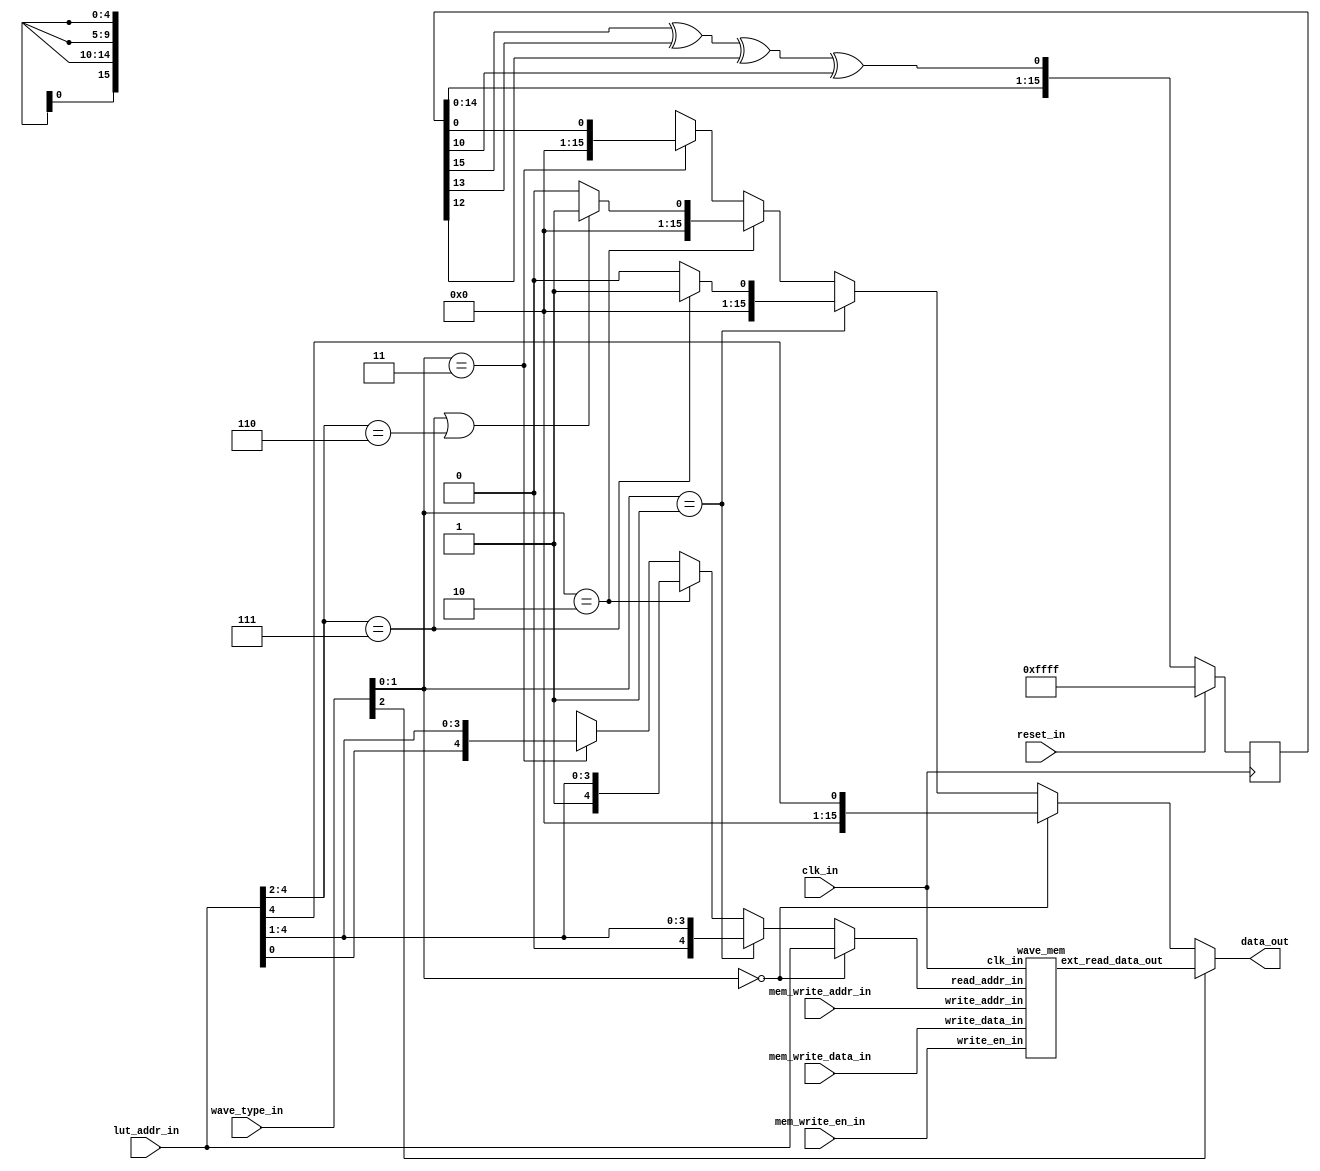
`default_nettype none
module wave_lut(
    input wire clk_in,
    input wire reset_in,
    input wire[4:0] lut_addr_in,
    input wire[2:0] wave_type_in,
    input wire[4:0] mem_write_addr_in,
    input wire[3:0] mem_write_data_in,
    input wire mem_write_en_in,
    output wire[15:0] data_out
);
    wire [15:0] mem_out;
    wave_mem WAVE_MEM(.clk_in(clk_in),
                .read_addr_in(mem_addr_trans(lut_addr_in,wave_type_in[1:0])),
                .ext_read_data_out(mem_out),
                .write_addr_in(mem_write_addr_in),.write_data_in(mem_write_data_in),.write_en_in(mem_write_en_in)
                );


    assign data_out = (wave_type_in[2])?mem_out:sqr_wave_lookup(lut_addr_in[4:2],wave_type_in[1:0]);
    
    //LFSR for noise
    reg[15:0] lfsr;

    always@(posedge clk_in)begin
        if(reset_in == 1'b1)begin
            lfsr <= 16'hffff;
        end
        else begin
            lfsr <= {lfsr[14:0],lfsr[15]^lfsr[13]^lfsr[12]^lfsr[10]};
        end
    end

    function [4:0]mem_addr_trans;
        input [4:0] addr_in;
        input [1:0] type_in;
        if(type_in == 2'h0)begin//Normal
            mem_addr_trans = addr_in;
        end
        else if(type_in == 2'h1)begin//First Half
            mem_addr_trans = {1'b0,addr_in[4:1]};
        end
        else if(type_in == 2'h2)begin//Second Half
            mem_addr_trans = {1'b1,addr_in[4:1]};
        end
        else if(type_in == 2'h3)begin//Shuffling
            mem_addr_trans = {addr_in[0],addr_in[4:1]};
        end
    endfunction

    function [15:0]sqr_wave_lookup;
        input [2:0] addr_in;
        input [1:0] type_in;
        if(type_in == 2'h0)begin//0000 1111(50%)
            sqr_wave_lookup = {15'h0000,addr_in[2]};
        end
        else if(type_in == 2'h1)begin//0000 0001(12.5%)
            if(addr_in == 3'h7)begin
                sqr_wave_lookup = 16'h1;
            end
            else begin
                sqr_wave_lookup = 16'h0;
            end
        end
        else if(type_in == 2'h2)begin//0000 0011(25%)
            if(addr_in == 3'h7 || addr_in == 3'h6)begin
                sqr_wave_lookup = 16'h1;
            end
            else begin
                sqr_wave_lookup = 16'h0;
            end
        end
        else if(type_in == 2'h3)begin//Noise
            sqr_wave_lookup = {15'h0000,lfsr[0]};
        end
    endfunction
    

endmodule

module wave_mem(
    input wire clk_in,
    input wire [4:0] read_addr_in,
    output wire [15:0] ext_read_data_out,
    input wire [4:0] write_addr_in,
    input wire [3:0] write_data_in,
    input wire write_en_in
);

    reg [3:0] mem[0:31];

    assign ext_read_data_out = {mem[read_addr_in],12'b0};

    always@(posedge clk_in)begin
        if(write_en_in == 1'b1)begin
            mem[write_addr_in] <= write_data_in;
        end
    end

endmodule